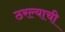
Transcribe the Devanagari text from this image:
ठरल्याची